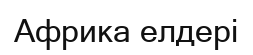
Африка елдері